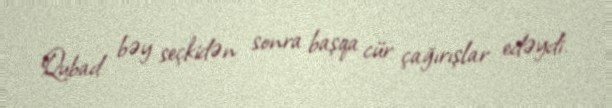
Qubad bəy seçkidən sonra başqa cür çağırışlar edəydi.